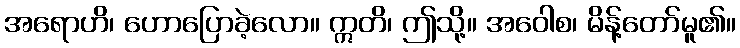
အရောဟိ၊ ဟောပြောခဲ့လော။ ဣတိ၊ ဤသို့။ အဝေါစ၊ မိန့်တော်မူ၏။